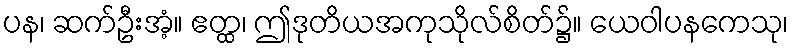
ပန၊ ဆက်ဦးအံ့။ ဧတ္ထ၊ ဤဒုတိယအကုသိုလ်စိတ်၌။ ယေဝါပနကေသု၊